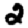
Digit: 2